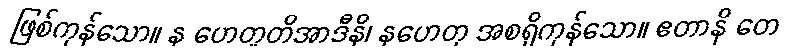
ဖြစ်ကုန်သော။ န ဟေတူတိအာဒီနိ၊ နဟေတု အစရှိကုန်သော။ ဧတာနိ တေ